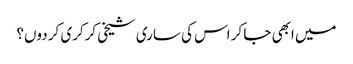
میں ابھی جا کر اس کی ساری شیخی کرکری کر دوں؟